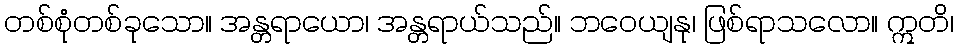
တစ်စုံတစ်ခုသော။ အန္တရာယော၊ အန္တရာယ်သည်။ ဘဝေယျနု၊ ဖြစ်ရာသလော။ ဣတိ၊